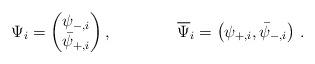
LaTeX: \begin{align*}\Psi_i = \begin{pmatrix} \psi_{-,i} \\ \bar{\psi}_{+,i} \end{pmatrix}, \qquad\qquad \overline{\Psi}_i = \left( \psi_{+,i} , \bar{\psi}_{-,i} \right) \, .\end{align*}